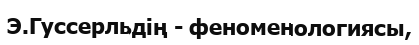
Э.Гуссерльдің - феноменологиясы,